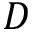
D